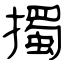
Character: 擉